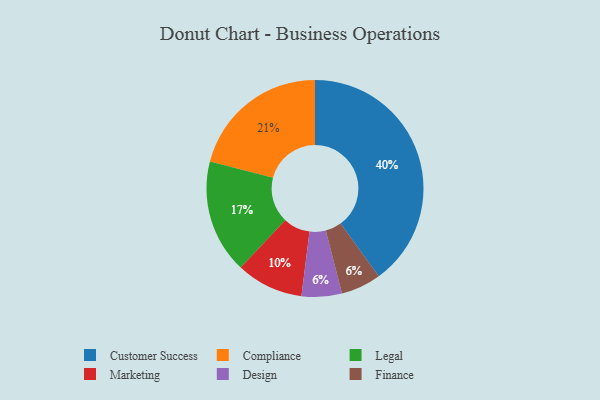
{"axis": {"x": "Category", "y": "Percentage"}, "legend": ["Compliance", "Customer Success", "Design", "Finance", "Legal", "Marketing"], "data": [{"x": "Legal", "y": 17, "type": "Legal"}, {"x": "Customer Success", "y": 40, "type": "Customer Success"}, {"x": "Design", "y": 6, "type": "Design"}, {"x": "Marketing", "y": 10, "type": "Marketing"}, {"x": "Finance", "y": 6, "type": "Finance"}, {"x": "Compliance", "y": 21, "type": "Compliance"}]}